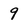
Character: 9